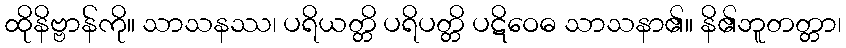
ထိုနိဗ္ဗာန်ကို။ သာသနဿ၊ ပရိယတ္တိ ပရိပတ္တိ ပဋိဝေဓ သာသနာ၏။ နိ၏ဘူတတ္တာ၊